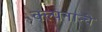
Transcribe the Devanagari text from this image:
क्ल्पनान्चे